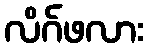
လိဂ်ဖလား